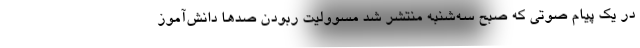
در یک پیام صوتی که صبح سه‌شنبه منتشر شد مسوولیت ربودن صدها دانش‌آموز